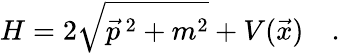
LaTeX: H=2\sqrt{\vec{p}\, {}^{2}+m^{2}}+V(\vec{x})\quad.